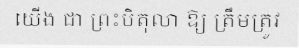
យើង ជា ព្រះបិតុលា ឱ្យ ត្រឹមត្រូវ